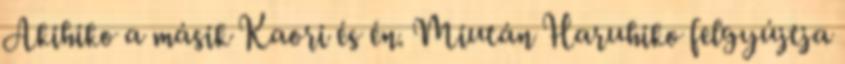
Akihiko a másik Kaori és én. Miután Haruhiko felgyújtja